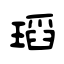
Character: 瑫